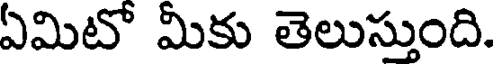
ఏమిటో మీకు తెలుస్తుంది.